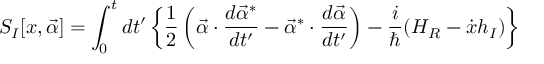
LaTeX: S _ { I } [ x , \vec { \alpha } ] = \int _ { 0 } ^ { t } { d t ^ { \prime } } \left\{ \frac { 1 } { 2 } \left( \vec { \alpha } \cdot \frac { d \vec { \alpha } ^ { * } } { d t ^ { \prime } } - \vec { \alpha } ^ { * } \cdot \frac { d \vec { \alpha } } { d t ^ { \prime } } \right) - \frac { i } { \hbar } ( H _ { R } - \dot { x } h _ { I } ) \right\}